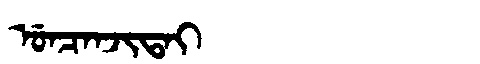
Manchu: ᡠᠨᠴᠠᠨᠵᡳᡨᠠᡳ
Romanization: UNCANJITAI